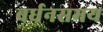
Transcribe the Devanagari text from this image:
वर्धनसमय